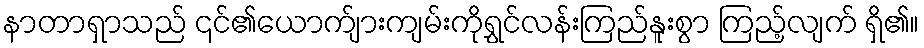
နာတာရှာသည် ၎င်၏ယောက်ျားကျမ်းကိုရွှင်လန်းကြည်နူးစွာ ကြည့်လျက် ရှိ၏။